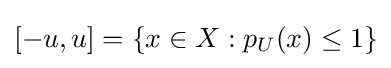
[-u,u]=\left\{x\in X:p_{U}(x)\leq 1\right\}